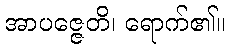
အာပဇ္ဇေတိ၊ ရောက်၏။